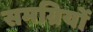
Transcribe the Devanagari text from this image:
समग्रियों